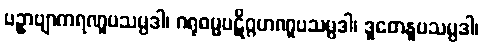
ပဥှာဗျာကရဏူပသမ္ပဒါ၊ ဂရုဓမ္မပဋိဂ္ဂဟဏူပသမ္ပဒါ၊ ဒူတေနူပသမ္ပဒါ၊